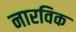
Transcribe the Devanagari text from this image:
नारविक